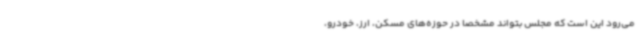
می‌رود این است که مجلس بتواند مشخصا در حوزه‌های مسکن، ارز، خودرو،